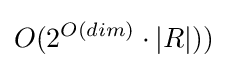
O(2^{O(dim)}\cdot |R|))